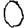
Digit: 0